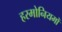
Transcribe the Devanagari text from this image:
हरमोनियमों